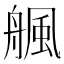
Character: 䑺